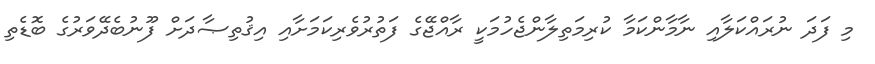
މި ފަދަ ނުރައްކަލާއި ނާމާންކަމާ ކުރިމަތިލާންޖެހުމަކީ ރާއްޖޭގެ ފަތުރުވެރިކަމަށާއި އިޤުތިޞާދަށް ފޫނުބެދޭވަރުގެ ބޮޑެތި